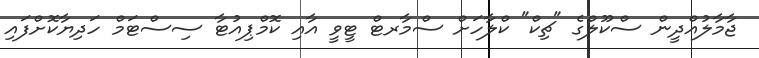
ޖާމާލުއްދީން ސްކޫލްގެ "ޗިކް" ކްލާހަށް ސްމާރޓް ޓީވީ އާއި ކޮމްޕިއުޓާ ސިސްޓަމް ހަދިޔާކޮށްފައި